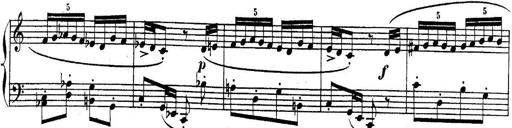
Title: Sonatina for Piano
Composer: BÃ©la BartÃ³k